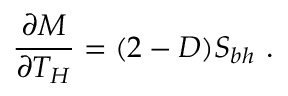
{ \frac { \partial M } { \partial T _ { H } } } = ( 2 - D ) S _ { b h } \ .